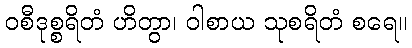
ဝစီဒုစ္စရိတံ ဟိတွာ၊ ဝါစာယ သုစရိတံ စရေ။